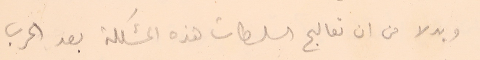
وبدلا من ان تعالج السلطات هذه المشكلة بعد الحرب